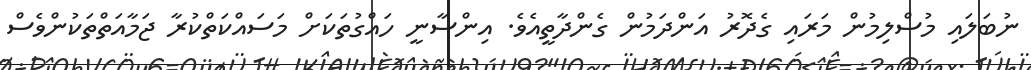
ނުބަލައި މުސްލިމުން މަރައި ގެދޮރު އަންދަމުން ގެންދާތީއެވެ. އިންސާނީ ހައްގުތަކަށް މަސައްކަތްކުރާ ޖަމާއަތްތަކުންވެސް